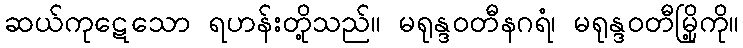
ဆယ်ကုဋေသော ရဟန်းတို့သည်။ မရုန္ဒဝတီနဂရံ၊ မရုန္ဒဝတီမြို့ကို။